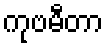
ကုဗမီတာ